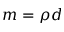
m = \rho d